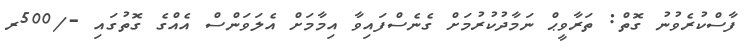
ފާސްކުރެވުނު ގޮތް: ތަރާވީޙް ނަމާދުކުރުމަށް ގެނެސްފައިވާ އިމާމަށް އެލަވަންސް އެއްގެ ގޮތުގައި -/500ރ